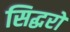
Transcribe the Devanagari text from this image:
सिद्धरों